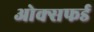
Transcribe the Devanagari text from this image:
ओक्सफर्ड